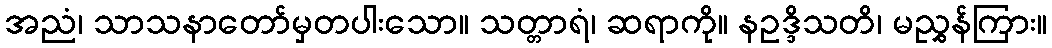
အညံ၊ သာသနာတော်မှတပါးသော။ သတ္တာရံ၊ ဆရာကို။ နဥဒ္ဒိသတိ၊ မညွှန်ကြား။